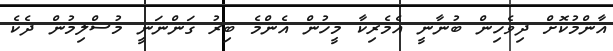
އާންމުކޮށް ދިވެހިން ބުނާނީ އެމެރިކާ މީހުން އެންމެ ބިރު ގަންނަނީ މުސްލިމުން ދެކެ